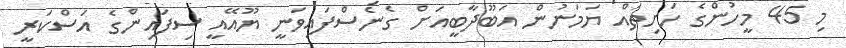
މި 45 މީހުންގެ ހަށިތައް ޔަމަނުން އަބޫދާބީއަށް ގެނެސްފައިވަނީ ޔޫއޭއީ ސިފައިންގެ އަސްކަރީ